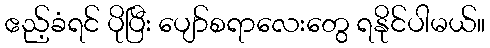
ဧည့်ခံရင် ပိုပြီး ပျော်စရာလေးတွေ ရနိုင်ပါမယ်။